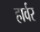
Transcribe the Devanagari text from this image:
हार्वर